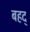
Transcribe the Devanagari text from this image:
बहद्